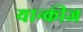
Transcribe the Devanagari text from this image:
यान्कीज